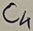
Text: C4